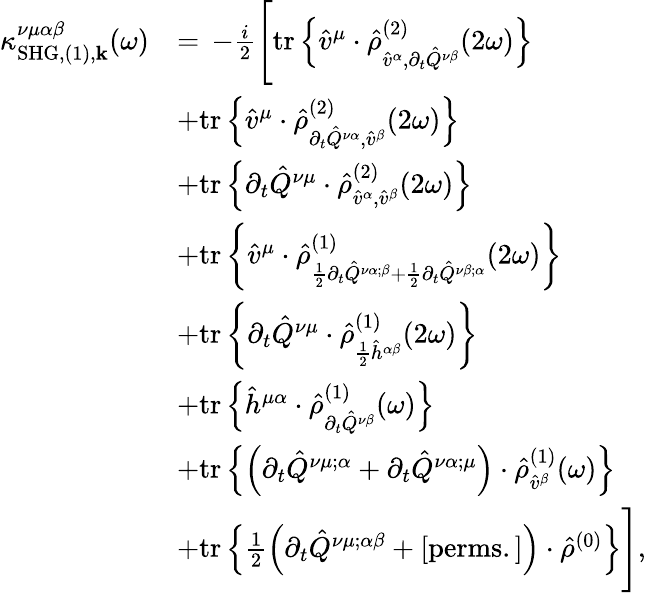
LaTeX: \begin{array}{rl}{\kappa_{\mathrm{SHG},(1),\mathbf{k}}^{\nu\mu\alpha\beta}(\omega)}&{=\, -\frac{i}{2}\Bigg[\mathrm{tr}\left\{ \hat{v}^{\mu}\cdot\hat{\rho}_{\hat{v}^{\alpha},\partial_{t}\hat{Q}^{\nu\beta}}^{(2)}(2\omega)\right\} }\\ &{+\mathrm{tr}\left\{ \hat{v}^{\mu}\cdot\hat{\rho}_{\partial_{t}\hat{Q}^{\nu\alpha},\hat{v}^{\beta}}^{(2)}(2\omega)\right\} }\\ &{+\mathrm{tr}\left\{ \partial_{t}\hat{Q}^{\nu\mu}\cdot\hat{\rho}_{\hat{v}^{\alpha},\hat{v}^{\beta}}^{(2)}(2\omega)\right\} }\\ &{+\mathrm{tr}\left\{ \hat{v}^{\mu}\cdot\hat{\rho}_{\frac{1}{2}\partial_{t}\hat{Q}^{\nu\alpha;\beta}+\frac{1}{2}\partial_{t}\hat{Q}^{\nu\beta;\alpha}}^{(1)}(2\omega)\right\} }\\ &{+\mathrm{tr}\left\{ \partial_{t}\hat{Q}^{\nu\mu}\cdot\hat{\rho}_{\frac{1}{2}\hat{h}^{\alpha\beta}}^{(1)}(2\omega)\right\} }\\ &{+\mathrm{tr}\left\{ \hat{h}^{\mu\alpha}\cdot\hat{\rho}_{\partial_{t}\hat{Q}^{\nu\beta}}^{(1)}(\omega)\right\} }\\ &{+\mathrm{tr}\left\{ \left(\partial_{t}\hat{Q}^{\nu\mu;\alpha}+\partial_{t}\hat{Q}^{\nu\alpha;\mu}\right)\cdot\hat{\rho}_{\hat{v}^{\beta}}^{(1)}(\omega)\right\} }\\ &{+\mathrm{tr}\left\{ \frac{1}{2}\left(\partial_{t}\hat{Q}^{\nu\mu;\alpha\beta}+\mathrm{[perms.]}\right)\cdot\hat{\rho}^{(0)}\right\} \Bigg]\mathrm{,}}\end{array}